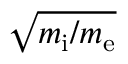
\sqrt { m _ { \mathrm { i } } / m _ { \mathrm { e } } }